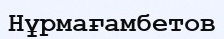
Нұрмағамбетов